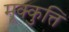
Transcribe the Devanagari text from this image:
मूक्कुत्ति